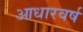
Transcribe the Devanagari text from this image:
आधारवर्ष